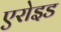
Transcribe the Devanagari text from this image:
एरोइड